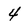
Character: 4